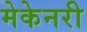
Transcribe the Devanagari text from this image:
मेकेनरी